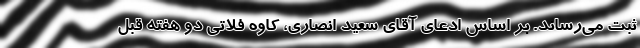
ثبت می‌رساند. بر اساس ادعای آقای سعید انصاری، کاوه فلاتی دو هفته قبل